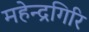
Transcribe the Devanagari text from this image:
महेन्द्रगिरि